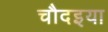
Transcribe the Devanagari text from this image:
चौदइया